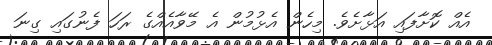
އެއް ކޮށާފައި އަޅާށެވެ. މިހެން އެޅުމުން އެ މޭވާއެއްގެ ރަހަ ފެނުގައި ގިނަ